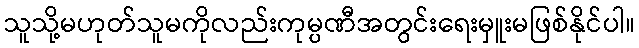
သူသို့မဟုတ်သူမကိုလည်းကုမ္ပဏီအတွင်းရေးမှူးမဖြစ်နိုင်ပါ။